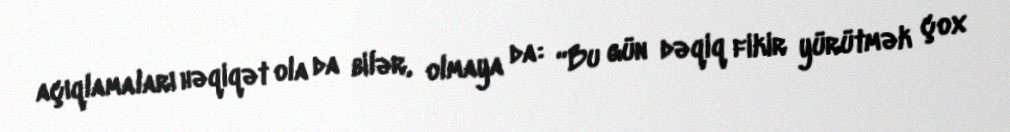
açıqlamaları həqiqət ola da bilər, olmaya da: “Bu gün dəqiq fikir yürütmək çox